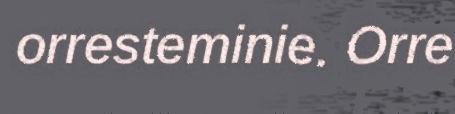
orresteminie. Orre